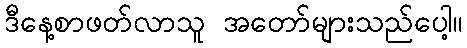
ဒီနေ့စာဖတ်လာသူ အတော်များသည်ပေါ့။